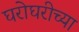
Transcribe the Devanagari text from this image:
घरोघरीच्या